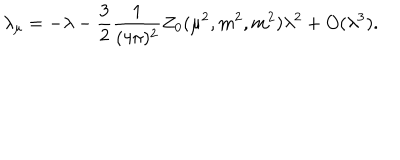
LaTeX: \lambda _ { \mu } = - \lambda - \frac { 3 } { 2 } \frac { 1 } { ( 4 \pi ) ^ { 2 } } Z _ { 0 } ( \mu ^ { 2 } , m ^ { 2 } , m ^ { 2 } ) \lambda ^ { 2 } + O ( \lambda ^ { 3 } ) .